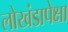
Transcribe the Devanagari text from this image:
लोखंडापेक्षा